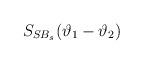
LaTeX: \begin{align*}S_{SB_{s}}(\vartheta _{1}-\vartheta _{2})\end{align*}